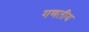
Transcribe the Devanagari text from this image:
गणतीय